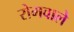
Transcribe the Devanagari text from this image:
रोमवाले